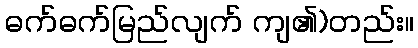
ဓက်ဓက်မြည်လျက် ကျ၏)တည်း။